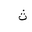
Letter: _tha